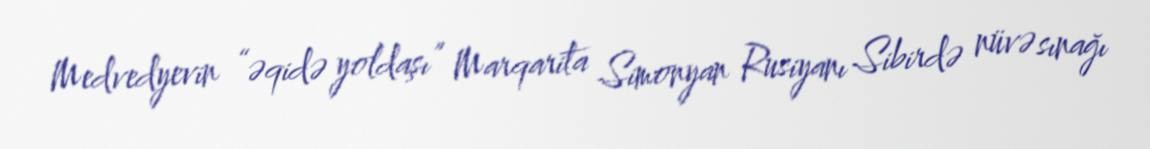
Medvedyevin “əqidə yoldaşı” Marqarita Simonyan Rusiyanı Sibirdə nüvə sınağı